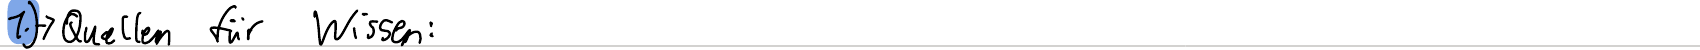
1.) -> Quellen für Wissen: